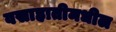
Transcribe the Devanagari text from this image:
वसाहातीमधील